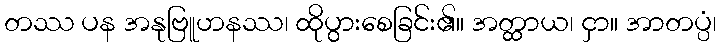
တဿ ပန အနုဗြူဟနဿ၊ ထိုပွားစေခြင်း၏။ အတ္ထာယ၊ ငှာ။ အာတပ္ပံ၊